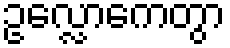
ဥလ္လောကေတွာ